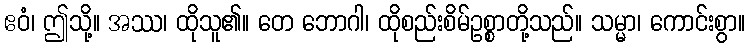
ဧဝံ၊ ဤသို့။ အဿ၊ ထိုသူ၏။ တေ ဘောဂါ၊ ထိုစည်းစိမ်ဥစ္စာတို့သည်။ သမ္မာ၊ ကောင်းစွာ။